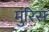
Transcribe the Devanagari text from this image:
मुरिस